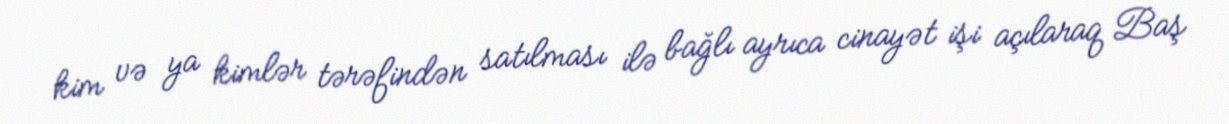
kim və ya kimlər tərəfindən satılması ilə bağlı ayrıca cinayət işi açılaraq Baş